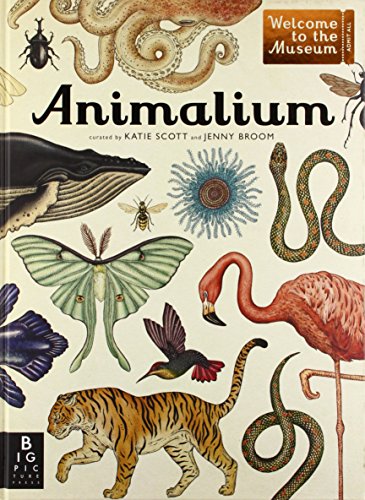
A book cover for Animalium: Welcome to the Museum; Jenny Broom; Children's Books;